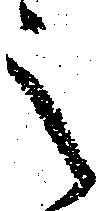
之